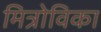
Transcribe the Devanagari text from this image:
मित्रोविका